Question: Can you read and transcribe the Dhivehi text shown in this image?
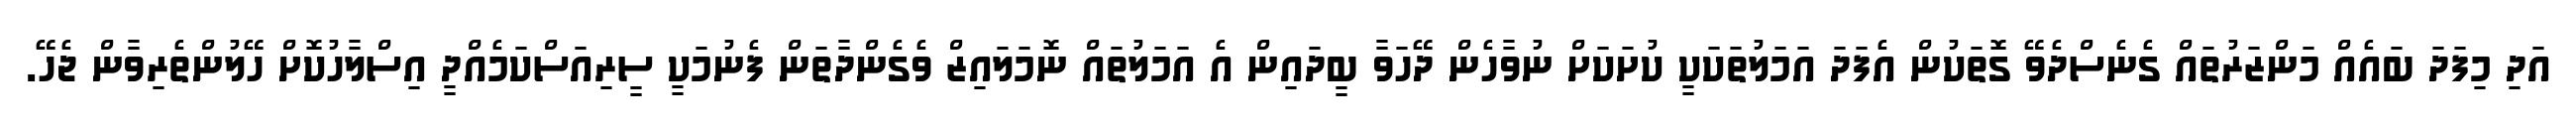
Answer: އަދި މިފަދަ ބައެއް މަންޒަރުތައް ގެނެސްދެވޭ ގޮތަކުން އެފަދަ އަމަލުތަކަކީ ކުށަކަށް ނުވާހެން ދޭހަވާ ބީދައިން އެ އަމަލުތައް ނޮމަލައިޒް ވެގެންދާތަން ފެނުމަކީ ސީރިއަސްކަމެއްދީ އިސްލާހުކޮށް ހޭލުންތެރިވާން ޖެހޭ.